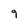
Character: 9